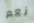
نعم